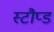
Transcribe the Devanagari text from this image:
स्टौप्ड